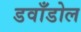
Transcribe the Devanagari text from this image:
डवाँडोल